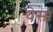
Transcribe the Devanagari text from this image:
येसा